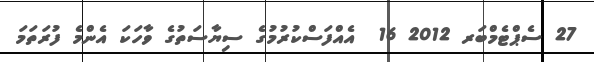
27 ސެޕްޓެމްބަރ 2012 16  އެއްފަސްކުރުމުގެ ސިޔާސަތުގެ ވާހަކަ އެންމެ ފުރަތަމަ